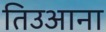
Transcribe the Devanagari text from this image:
तिउआना